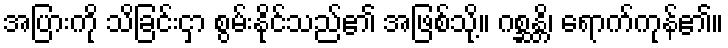
အပြားကို သိခြင်းငှာ စွမ်းနိုင်သည်၏ အဖြစ်သို့။ ဂစ္ဆန္တိ၊ ရောက်ကုန်၏။